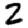
Digit: 2